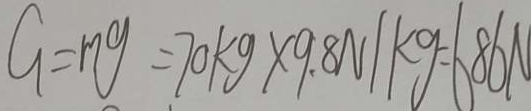
G = m g = 7 0 k g \times 9 . 8 N / k g = 8 6 N